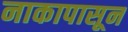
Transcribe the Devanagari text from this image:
नाकापासून